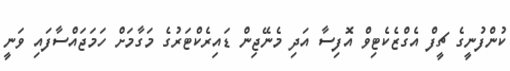
ކުންފުނީގެ ޗީފް އެގްޒެކެޓިވް އޮފިސާ އަދި މެނޭޖިން ޑައިރެކްޓަރުގެ މަގާމަށް ހަމަޖައްސާފައި ވަނީ